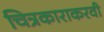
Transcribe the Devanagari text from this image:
चित्रकाराकरवी